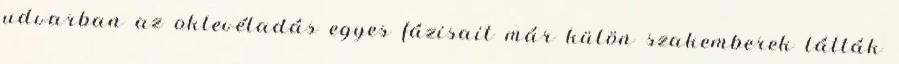
udvarban az oklevéladás egyes fázisait már külön szakemberek látták